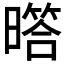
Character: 𱢩